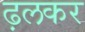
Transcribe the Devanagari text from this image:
ढ़लकर